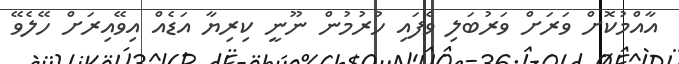
އާއްމުކޮށް ވަރަށް ވަރުބަލި ވެފައި ހުރުމުން ނޫނީ ކިރިޔާ އަޑެއް އިވޭއިރަށް ހޭލެވޭ